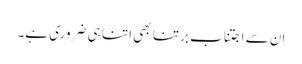
ان سے اجتناب برتنا بھی اتنا ہی ضروری ہے۔